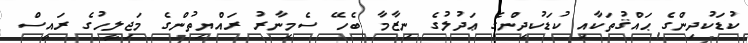
ކުޑަކުދިންގެ ޙައްޤުތަކާއި ކުޑަކުދިންގެ ޢަދުލުގެ ނިޒާމާ ބެހޭ ސެމިނާރު ރައްޔިތުންގެ މަޖިލީހުގެ ރައީސް